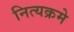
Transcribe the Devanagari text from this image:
नित्यक्रमे